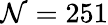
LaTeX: \mathcal{N}=251